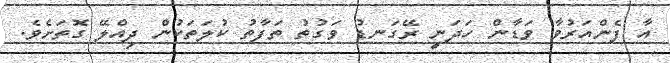
އާ ފެންއަރުވާ ވަޑާން ހަދަނީ ރޭގަނޑު ވަގުތު ތަފާތު ކުލަތަކުން ދިއްލޭ ގޮތަށެވެ.